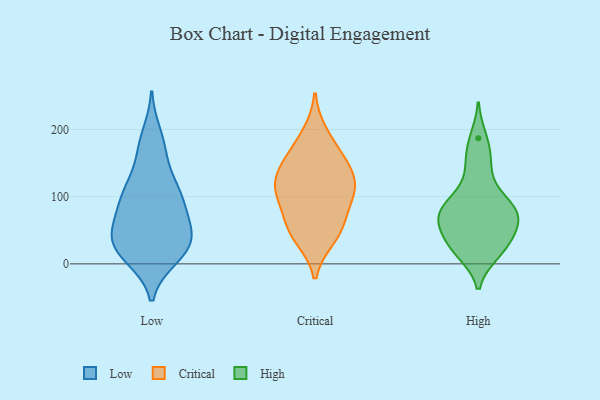
{"axis": {"x": "Waste Production (Tons)", "y": "Value"}, "legend": ["Critical", "High", "Low"], "data": [{"x": "", "y": 50, "type": "Low"}, {"x": "", "y": 42, "type": "Low"}, {"x": "", "y": 120, "type": "Low"}, {"x": "", "y": 74, "type": "Low"}, {"x": "", "y": 164, "type": "Low"}, {"x": "", "y": 55, "type": "Low"}, {"x": "", "y": 172, "type": "Low"}, {"x": "", "y": 29, "type": "Low"}, {"x": "", "y": 106, "type": "Low"}, {"x": "", "y": 192, "type": "Low"}, {"x": "", "y": 31, "type": "Low"}, {"x": "", "y": 11, "type": "Low"}, {"x": "", "y": 81, "type": "Low"}, {"x": "", "y": 23, "type": "Low"}, {"x": "", "y": 17, "type": "Low"}, {"x": "", "y": 94, "type": "Low"}, {"x": "", "y": 10, "type": "Low"}, {"x": "", "y": 105, "type": "Low"}, {"x": "", "y": 112, "type": "Low"}, {"x": "", "y": 43, "type": "Low"}, {"x": "", "y": 120, "type": "Critical"}, {"x": "", "y": 103, "type": "Critical"}, {"x": "", "y": 107, "type": "Critical"}, {"x": "", "y": 39, "type": "Critical"}, {"x": "", "y": 161, "type": "Critical"}, {"x": "", "y": 54, "type": "Critical"}, {"x": "", "y": 133, "type": "Critical"}, {"x": "", "y": 46, "type": "Critical"}, {"x": "", "y": 70, "type": "Critical"}, {"x": "", "y": 161, "type": "Critical"}, {"x": "", "y": 102, "type": "Critical"}, {"x": "", "y": 193, "type": "Critical"}, {"x": "", "y": 133, "type": "Critical"}, {"x": "", "y": 17, "type": "High"}, {"x": "", "y": 79, "type": "High"}, {"x": "", "y": 162, "type": "High"}, {"x": "", "y": 68, "type": "High"}, {"x": "", "y": 62, "type": "High"}, {"x": "", "y": 16, "type": "High"}, {"x": "", "y": 39, "type": "High"}, {"x": "", "y": 142, "type": "High"}, {"x": "", "y": 64, "type": "High"}, {"x": "", "y": 87, "type": "High"}, {"x": "", "y": 109, "type": "High"}, {"x": "", "y": 84, "type": "High"}, {"x": "", "y": 25, "type": "High"}, {"x": "", "y": 39, "type": "High"}, {"x": "", "y": 187, "type": "High"}, {"x": "", "y": 77, "type": "High"}]}